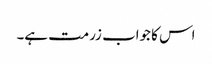
اس کا جواب زرمت ہے۔